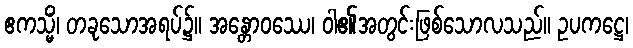
ဧကသ္မိံ၊ တခုသောအရပ်၌။ အန္တောဝဿေ၊ ဝါ၏အတွင်းဖြစ်သောလသည်။ ဥပကဋ္ဌေ၊